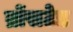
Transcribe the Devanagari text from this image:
ब्रोंसटेड